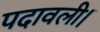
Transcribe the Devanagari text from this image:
पदावली।